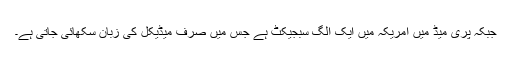
جبکہ پری میڈ میں امریکہ میں ایک الگ سبجیکٹ ہے جس میں صرف میڈیکل کی زبان سکھائی جاتی ہے۔